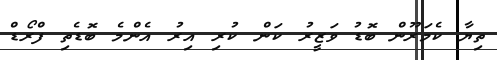
ތިޔާ ކެމަރޫން ބޮޑު ވަޒީރު ކަން ކުރި އިރު އެންމެ ބޮޑެތި ފްރޯޑް